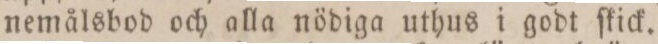
nemålsbod och alla nödiga uthus i godt ſkick.